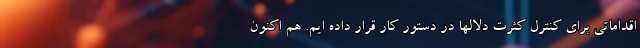
اقداماتی برای کنترل کثرت دلالها در دستور کار قرار داده ایم. هم اکنون